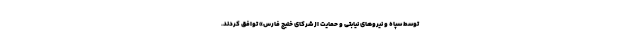
توسط سپاه و نیروهای نیابتی و حمایت از شرکای خلیج فارس» توافق کردند.